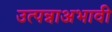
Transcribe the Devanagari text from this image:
उत्पन्नाअभावी